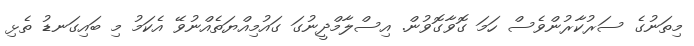
މިތަނުގެ ސަރުކާރުންވެސް ހަމަ ގޮވާގޮވުން. އިސްލާމްދީނުގަ ގައުމިއްޔަތެއްނުވޭ އެކަމު މި ބައިގަނޑު ތެޅި